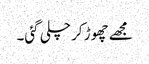
مجھے چھوڑ کر چلی گئی۔